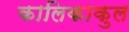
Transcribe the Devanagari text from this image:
कालिकाकुल